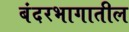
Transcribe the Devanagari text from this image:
बंदरभागातील